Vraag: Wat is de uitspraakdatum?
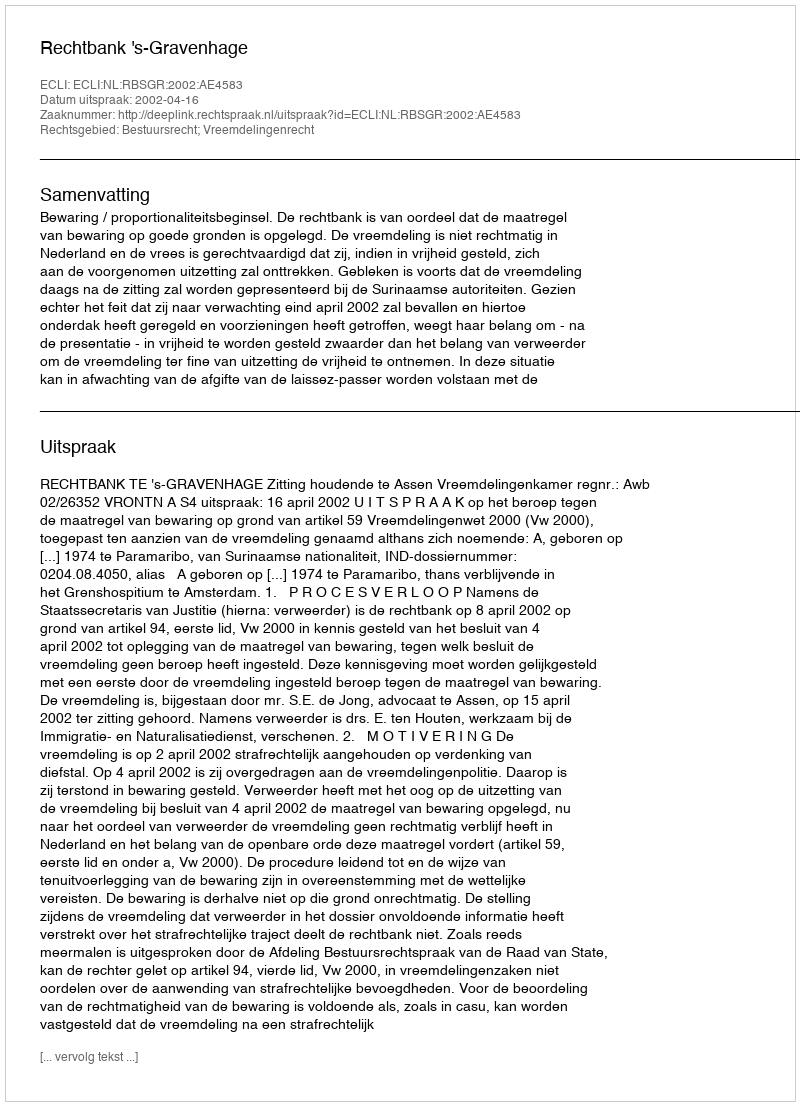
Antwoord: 2002-04-16